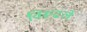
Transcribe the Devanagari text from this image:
विरूढले